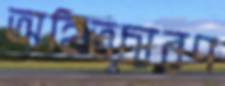
অহিতচারণ